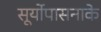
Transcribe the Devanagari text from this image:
सूर्योपासनाके